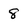
Character: 8